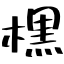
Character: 𣘸